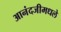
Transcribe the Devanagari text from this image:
आनंदजीमधले